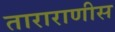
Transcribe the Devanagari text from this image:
ताराराणीस